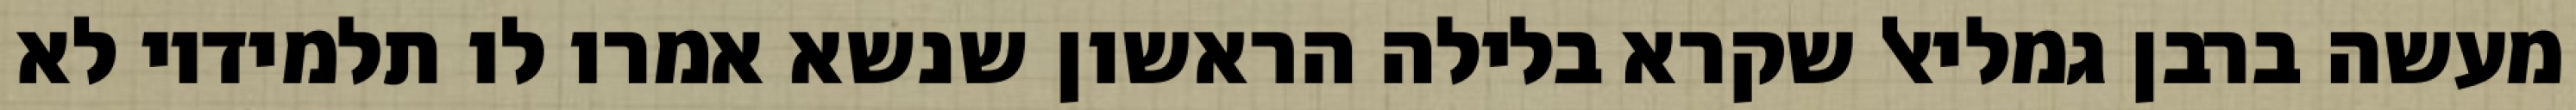
מעשה ברבן גמליאל שקרא בלילה הראשון שנשא אמרו לו תלמידיו לא